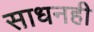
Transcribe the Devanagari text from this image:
साधनही